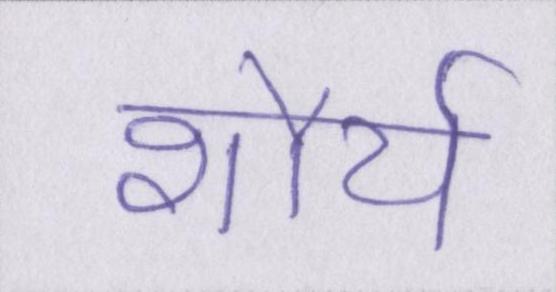
शौर्य